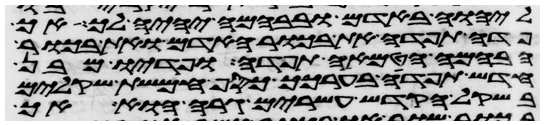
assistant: ליהוה באדם ובבהמה יהיה לך אך
פדה תפדה את בכור האדם ואת בכור
הבהמה הטמאה תפדה ופדיו מבן
חדש תפדה בערכך כסף חמשת שקלים
בשקל הקדש עשרים גרה הוא אך